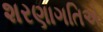
શરણાગતિએ